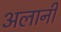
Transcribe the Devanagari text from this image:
अलानी